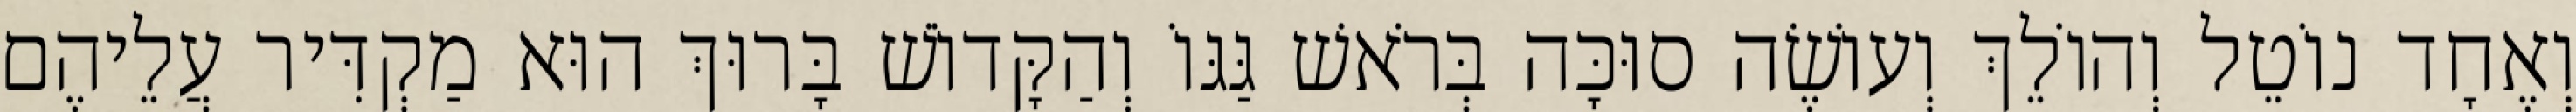
וְאֶחָד נוֹטֵל וְהוֹלֵךְ וְעוֹשֶׂה סוּכָּה בְּרֹאשׁ גַּגּוֹ וְהַקָּדוֹשׁ בָּרוּךְ הוּא מַקְדִּיר עֲלֵיהֶם